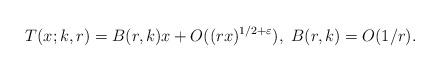
LaTeX: \begin{align*}T(x; k, r) = B(r,k) x +O((rx)^{1/2+\varepsilon}), \ B(r,k)= O(1/r).\end{align*}